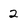
Character: 2